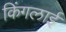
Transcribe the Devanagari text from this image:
किंगलाई